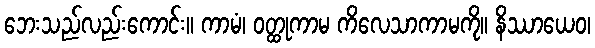
ဘေးသည်လည်းကောင်း။ ကာမံ၊ ဝတ္ထုကာမ ကိလေသာကာမကို။ နိဿာယေဝ၊